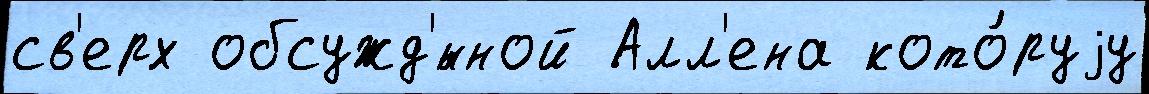
св'ерх обсужд'́нной Алл'ена кото́руjу